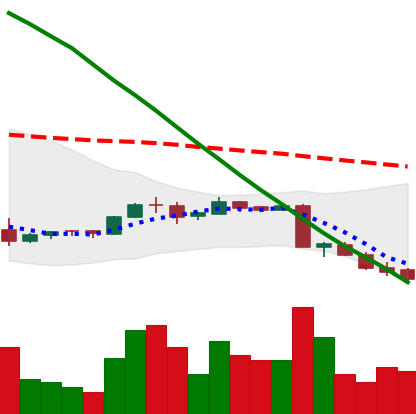
Ticker: ADA-USD
Chart end date: 2018-09-10
Forward return: -5.695%
Label: down_5_7